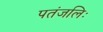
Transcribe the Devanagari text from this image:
पतंजलिः